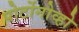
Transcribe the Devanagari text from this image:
पोर्टोनोव्हो